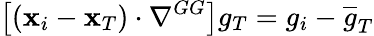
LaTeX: \left[({\mathbf x}_{i}-{\mathbf x}_{T})\cdot\nabla^{GG}\right]g_{T}={g}_{i}-\overline{{g}}_{T}